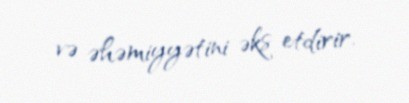
və əhəmiyyətini əks etdirir.